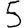
Digit: 5